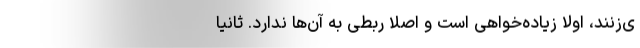
ی‌زنند، اولاً زیاده‌خواهی است و اصلاً ربطی به آن‌ها ندارد. ثانیاً